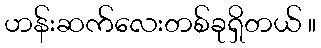
ဟန်းဆက်လေးတစ်ခုရှိတယ် ။